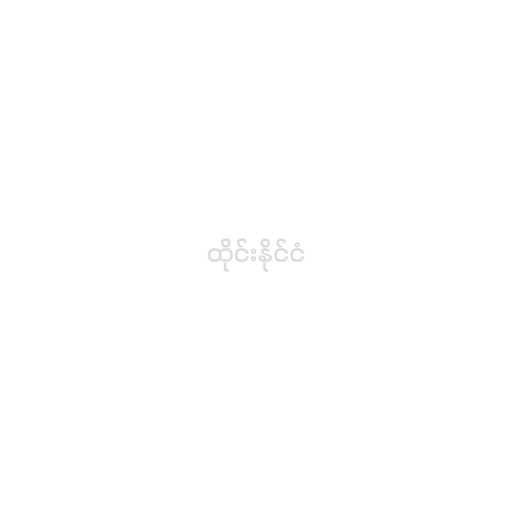
ထိုင်းနိုင်ငံ